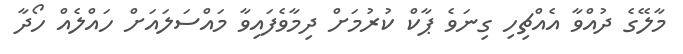
މާލޭގެ ދުއްވާ އެއްޗިހި ގިނަވެ ޕާކް ކުރުމަށް ދިމާވެފައިވާ މައްސަލައަށް ހައްލެއް ހޯދާ